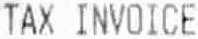
TAX INVOICE